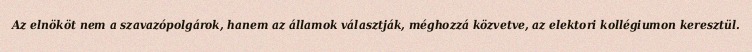
Az elnököt nem a szavazópolgárok, hanem az államok választják, méghozzá közvetve, az elektori kollégiumon keresztül.